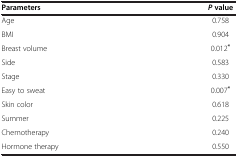
| Parameters | P value |
 | --- | --- |
 | Age | 0.758 |
 | BMI | 0.904 |
 | Breast volume | 0.012* |
 | Side | 0.583 |
 | Stage | 0.330 |
 | Easy to sweat | 0.007* |
 | Skin color | 0.618 |
 | Summer | 0.225 |
 | Chemotherapy | 0.240 |
 | Hormone therapy | 0.550 |